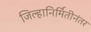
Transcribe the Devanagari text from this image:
जिल्हानिर्मितीनंतर